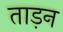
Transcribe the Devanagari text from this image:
ताड़न